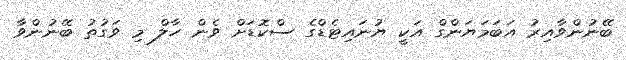
ބޭނުންވާއިރު އަބަމަޔަންގް އަކީ ޔުނައިޓެޑްގެ ސްކޮޑަށް ވެން ހާލް މި ވަގުތު ބޭނުންވާ